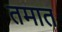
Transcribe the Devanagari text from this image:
तमात